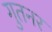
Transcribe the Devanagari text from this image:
गुतनर